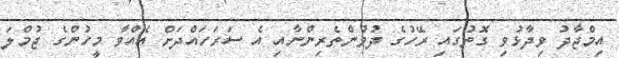
އިމްޖާދު ވިދާޅުވި ގޮތުގައި ރޭހުގެ ދުވުންތެރިންނާއި އެ ސަރަހައްދަށް އެއްވާ މީހުންގެ ޖުމްލަ